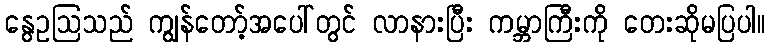
နွေဥဩသည် ကျွန်တော့်အပေါ်တွင် လာနားပြီး ကမ္ဘာကြီးကို တေးဆိုမပြပါ။